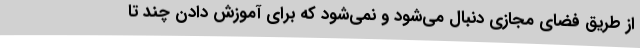
از طریق فضای مجازی دنبال می‌شود و نمی‌شود که برای آموزش دادن چند تا